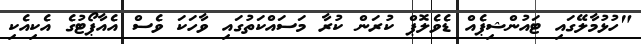
"ހުޅުމާލޭގައި ޓައުންޝިޕެއް ޑެވެލޮޕް ކުރަން ކުރާ މަސައްކަތުގައި ވާހަކަ ވެސް އެއާޕޯޓުގެ އެކިއެކި